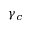
\gamma _ { c }